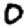
Digit: 0